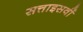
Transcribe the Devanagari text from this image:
सत्ताइसवीं